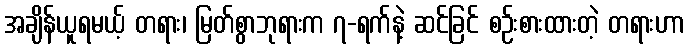
အချိန်ယူရမယ့် တရား၊ မြတ်စွာဘုရားက ၇-ရက်နဲ့ ဆင်ခြင် စဉ်းစားထားတဲ့ တရားဟာ